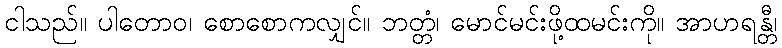
ငါသည်။ ပါတောဝ၊ စောစောကလျှင်။ ဘတ္တံ၊ မောင်မင်းဖို့ထမင်းကို။ အာဟရန္တီ၊